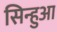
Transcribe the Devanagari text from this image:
सिन्हुआ